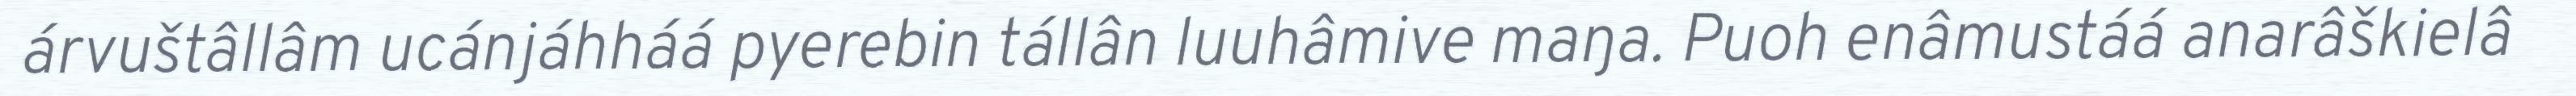
árvuštâllâm ucánjáhháá pyerebin tállân luuhâmive maŋa. Puoh enâmustáá anarâškielâ